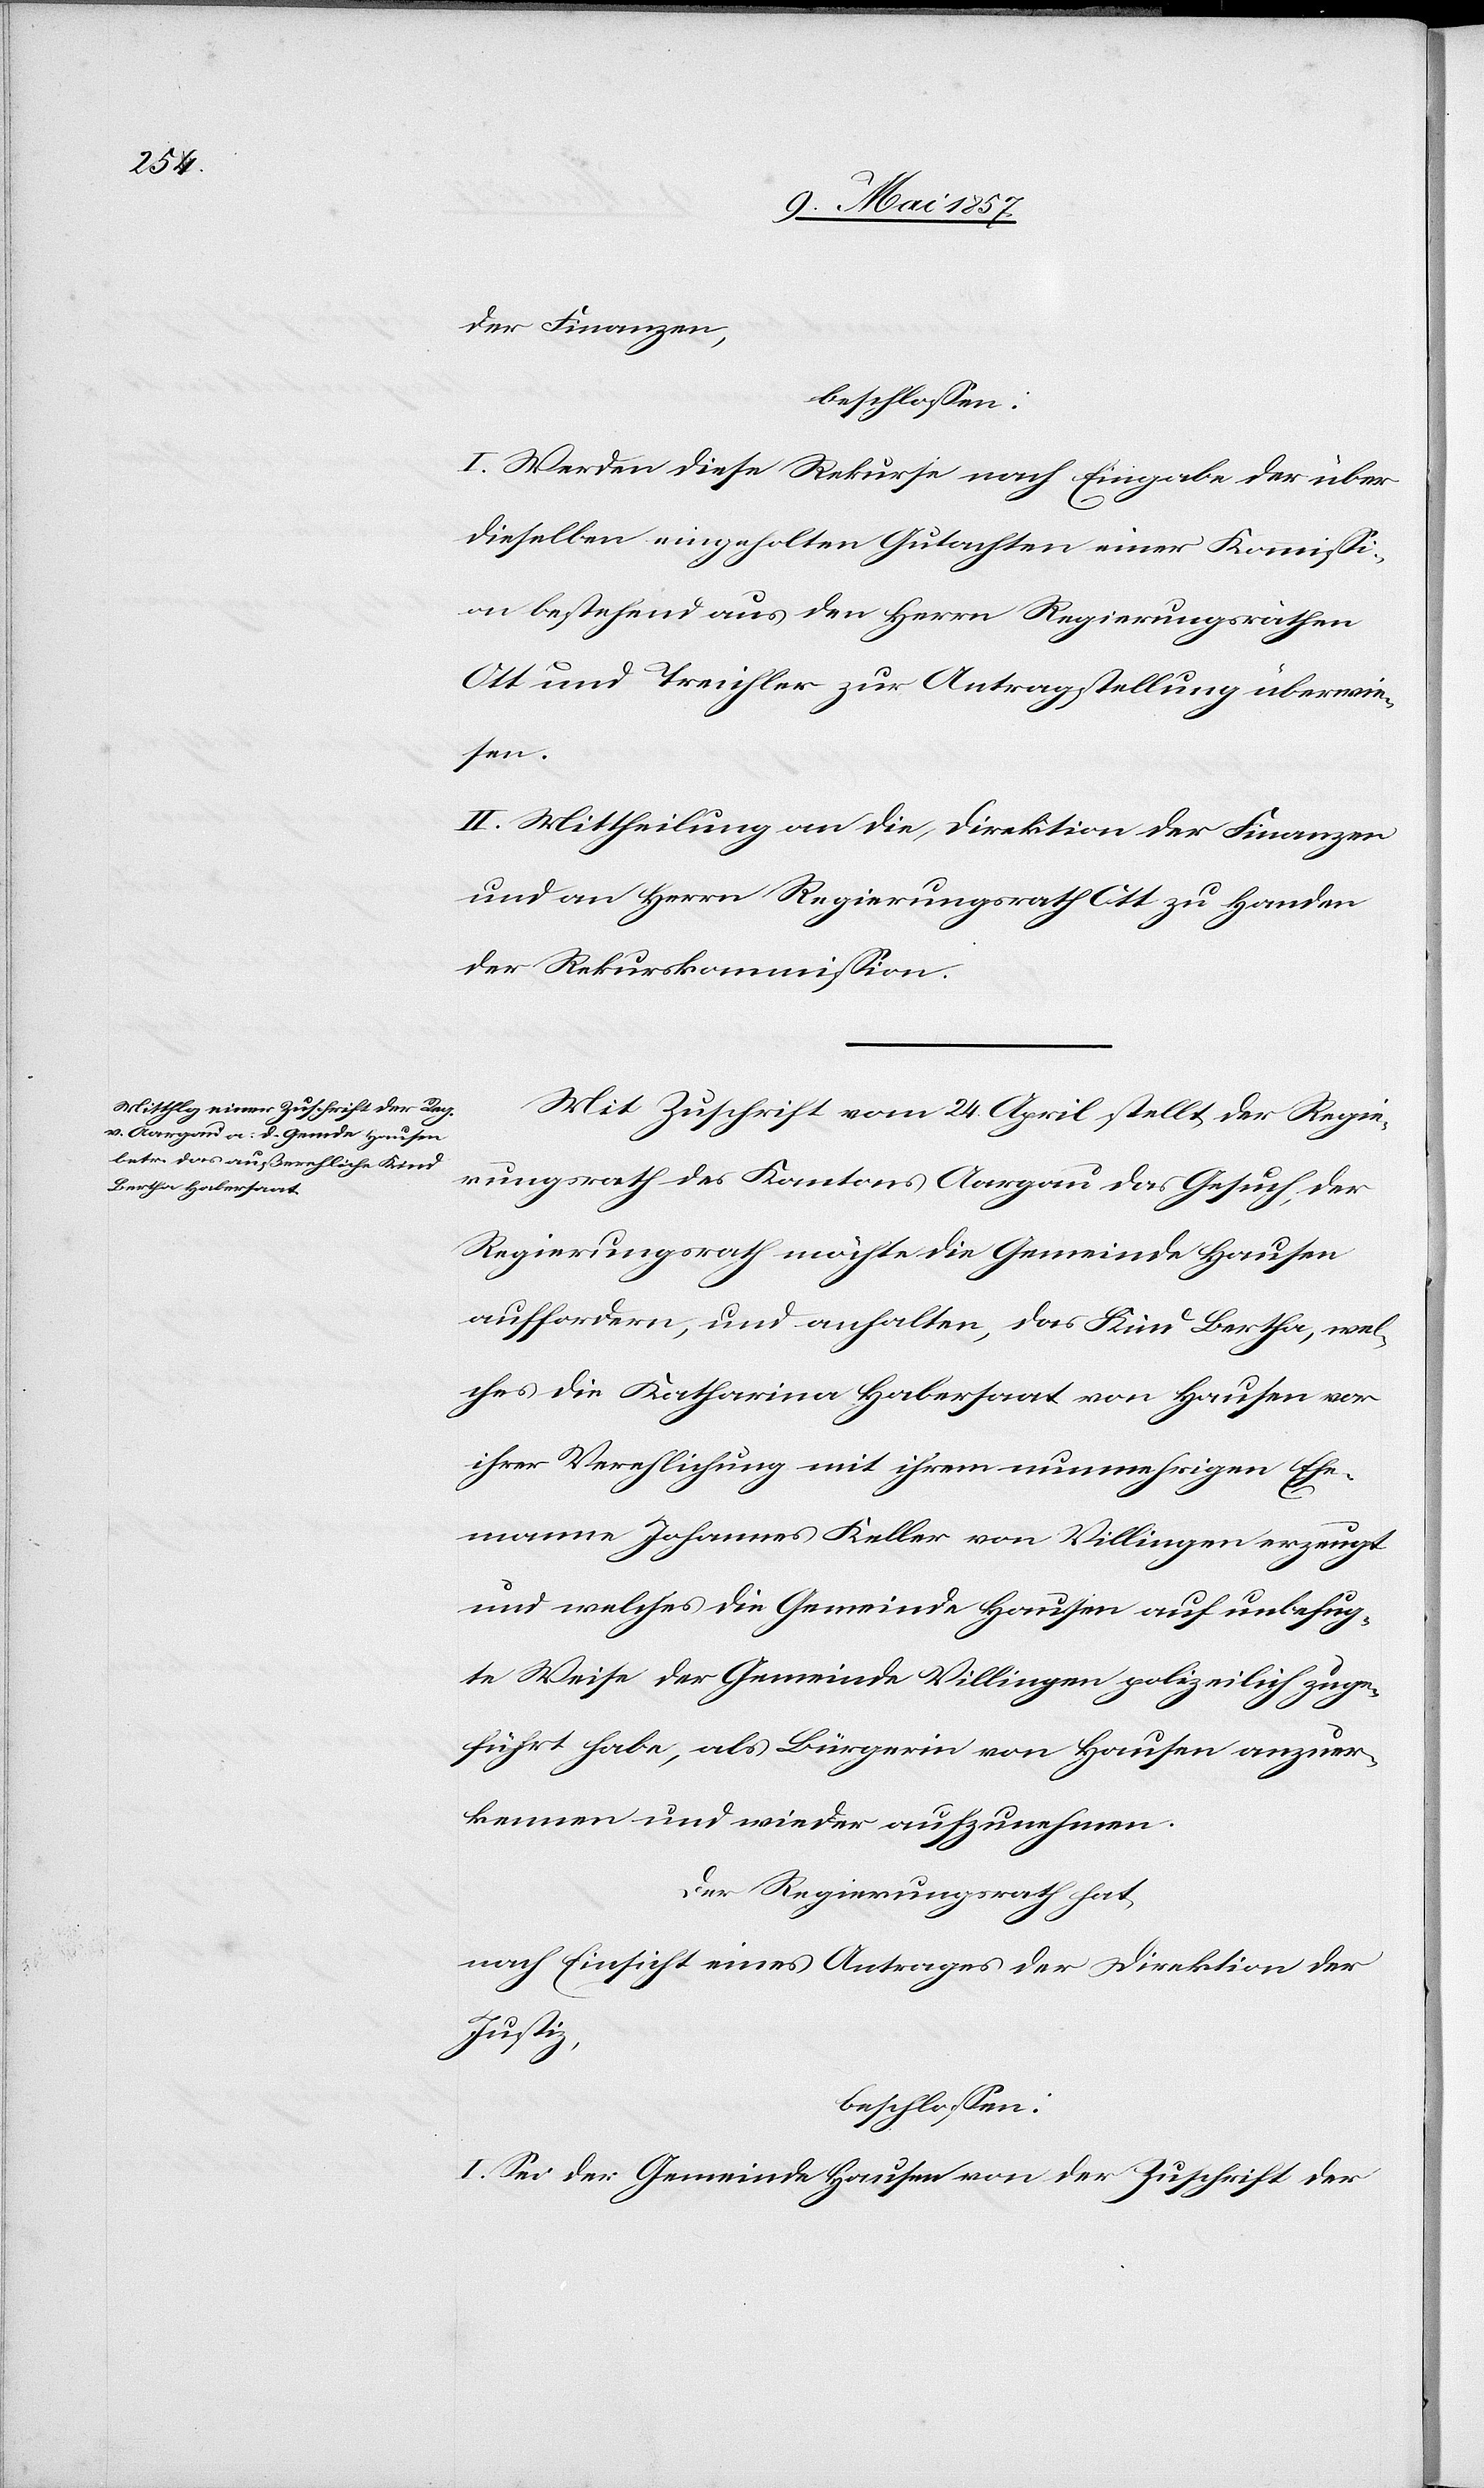
der Finanzen,
beschlossen:
I. Werden diese Rekurse nach Eingabe der über
dieselben eingeholten Gutachten einer Kommissi¬
on bestehend aus den Herrn Regierungsräthen
Ott und Treichler zur Antragstellung überwie¬
sen.
II. Mittheilung an die Direktion der Finanzen
und an Herrn Regierungsrath Ott zu Handen
der Rekurskommission.
Mit Zuschrift vom 24 April stellt der Regie¬
rungsrath des Kantons Aargau das Gesuch, der
Regierungsrath möchte die Gemeinde Hausen
auffordern, und anhalten, das Kind Bertha, wel¬
ches die Katharina Habersaat von Hausen vor
ihrer Verehelichung mit ihrem nunmehrigen Ehe¬
manne Johannes Keller von Villingen erzeugt
und welches die Gemeinde Hausen auf unbefug¬
te Wise der Gemeinde Villingen polizeilich zuge¬
führt habe, als Bürgerin von Hausen anzuer¬
kennen und wieder aufzunehmen.
Der Regierungsrath hat,
nach Einsicht eines Antrages der Direktion der
Justiz,
beschlossen:
I. Sei der Gemeinde Hausen von der Zuschrift der